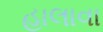
હાલાવા